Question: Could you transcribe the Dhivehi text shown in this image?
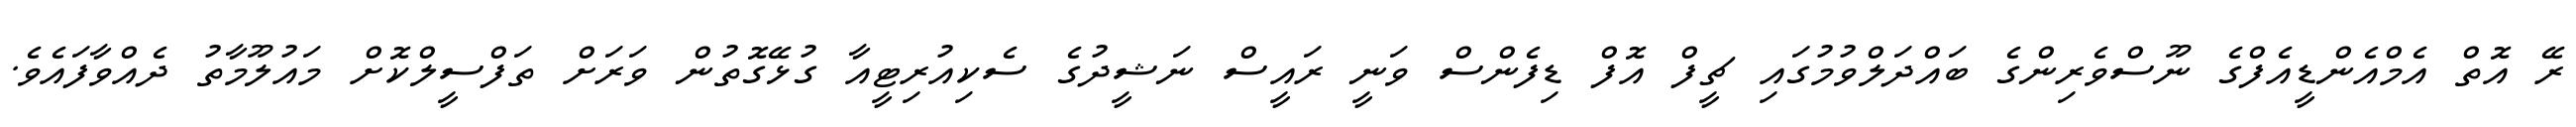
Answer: ރޭ އޮތް އެމްއެންޑީއެފްގެ ނޫސްވެރިންގެ ބައްދަލްވުމުގައި ޗީފް އޮފް ޑިފެންސް ވަނީ ރައީސް ނަޝީދުގެ ސެކިއުރިޓީއާ ގުޅޭގޮތުން ވަރަށް ތަފްސީލްކޮށް މައުލޫމާތު ދެއްވާފައެވެ.